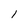
Character: 1